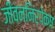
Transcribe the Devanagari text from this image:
जीवननिरपेक्ष